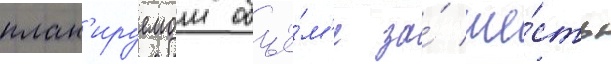
план'ируемом объё́м'е за́ ше́сть